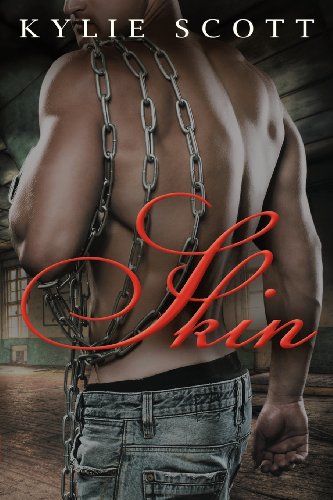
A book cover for Skin; Kylie Scott; Romance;